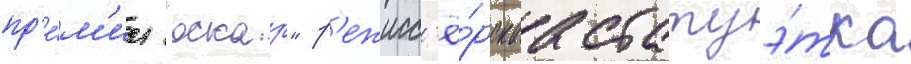
пр'е́м'ии "оскар" р'ежисс'ё́рскаа статуэ́тка